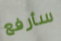
سأرفع